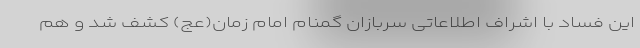
این فساد با اِشراف اطلاعاتی سربازان گمنام امام زمان(عج) کشف شد و هم